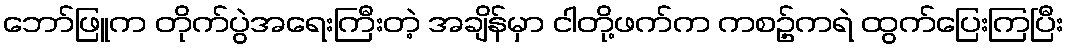
ဘော်ဖြူက တိုက်ပွဲအရေးကြီးတဲ့ အချိန်မှာ ငါတို့ဖက်က ကစဥ့်ကရဲ ထွက်ပြေးကြပြီး